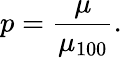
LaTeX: p=\frac{\mu}{\mu_{100}}.